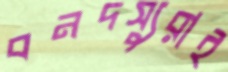
বনদস্যুরাই